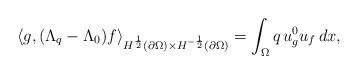
LaTeX: \begin{align*}\langle g, (\Lambda_q - \Lambda_{0})f\rangle_{{ H^{\frac12}(\partial \Omega) \times H^{-\frac12}(\partial \Omega)}} = \int_{\Omega} q\, u^0_g u_f\,dx,\end{align*}